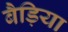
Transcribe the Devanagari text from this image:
बैड़िया